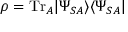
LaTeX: \rho = \mathrm { T r } _ { A } | \Psi _ { S A } \rangle \langle \Psi _ { S A } |